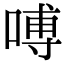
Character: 㗘